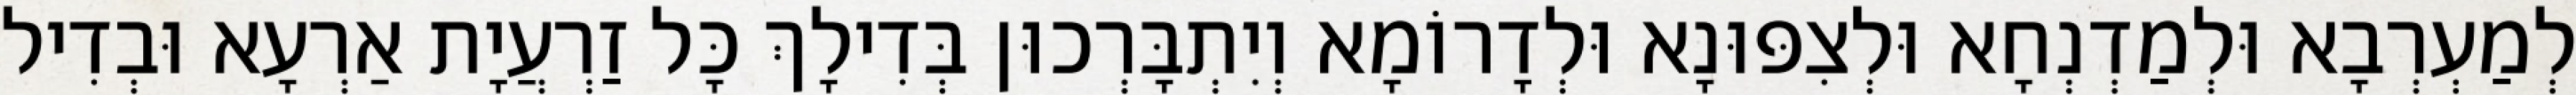
לְמַעְרְבָא וּלְמַדְנְחָא וּלְצִפּוּנָא וּלְדָרוֹמָא וְיִתְבָּרְכוּן בְּדִילָךְ כָּל זַרְעֲיָת אַרְעָא וּבְדִיל